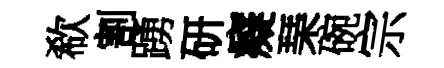
欷割踴研癡琹碗宗